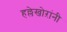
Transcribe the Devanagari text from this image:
हल्लेखोऱांनी